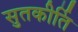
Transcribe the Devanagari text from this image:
सुतकीर्ति